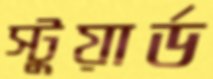
স্টুয়ার্ড